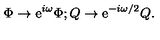
\Phi \rightarrow \mathrm { e } ^ { i \omega } \Phi ; Q \rightarrow \mathrm { e } ^ { - i \omega / 2 } Q .